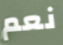
نعم